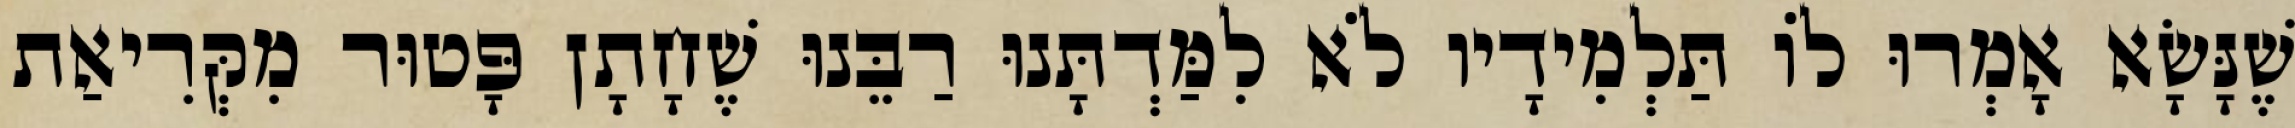
שֶׁנָּשָׂא אָמְרוּ לוֹ תַּלְמִידָיו לֹא לִמַּדְתָּנוּ רַבֵּנוּ שֶׁחָתָן פָּטוּר מִקְּרִיאַת